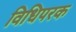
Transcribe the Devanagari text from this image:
विधिपरक